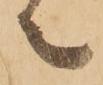
ニ